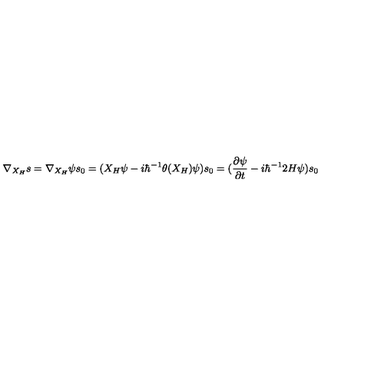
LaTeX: \nabla _ { X _ { H } } s = \nabla _ { X _ { H } } \psi s _ { 0 } = ( X _ { H } \psi - i \hbar ^ { - 1 } \theta ( X _ { H } ) \psi ) s _ { 0 } = ( \frac { \partial \psi } { \partial t } - i \hbar ^ { - 1 } 2 H \psi ) s _ { 0 }